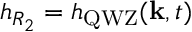
h _ { R _ { 2 } } = h _ { \mathrm { Q W Z } } ( \mathbf { k } , t )